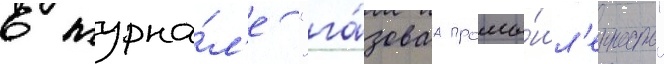
в журна́л'е "га́зоваа промы́шл'енность"